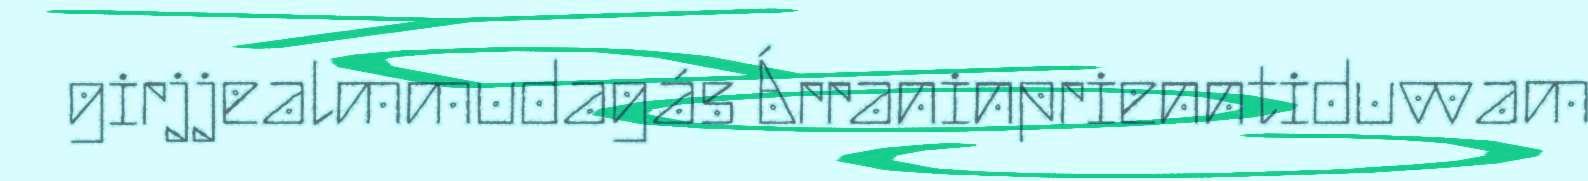
girjjealmmudagás Árraninprienntiduvvam